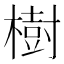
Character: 樹